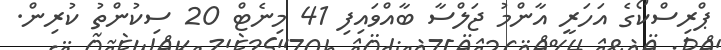
ޕްރިސްކޯގެ އަހަރީ އާންމު ޖަލްސާ ބާއްވައިފި 41 މިނެޓް 20 ސިކުންތު ކުރިން.